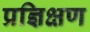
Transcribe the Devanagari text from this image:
प्रज्ञिक्षण